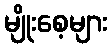
မျိုးစေ့များ